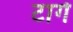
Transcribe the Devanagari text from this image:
टागे